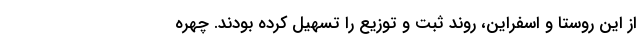
از این روستا و اسفراین، روند ثبت و توزیع را تسهیل کرده بودند. چهره‌